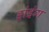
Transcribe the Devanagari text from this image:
ड्रांइंग